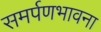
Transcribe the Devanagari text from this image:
समर्पणभावना